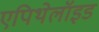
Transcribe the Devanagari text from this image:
एपिथेलॉइड